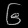
Digit: ၆